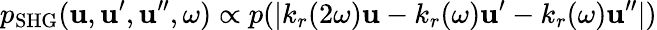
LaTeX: p_{\mathrm{SHG}}(\boldsymbol{\mathbf{u}},\boldsymbol{\mathbf{u}}^{\prime},\boldsymbol{\mathbf{u}}^{\prime\prime},\omega)\propto\mathcal{p}(|k_{r}(2\omega)\boldsymbol{\mathbf{u}}-k_{r}(\omega)\boldsymbol{\mathbf{u}}^{\prime}-k_{r}(\omega)\boldsymbol{\mathbf{u}}^{\prime\prime}|)